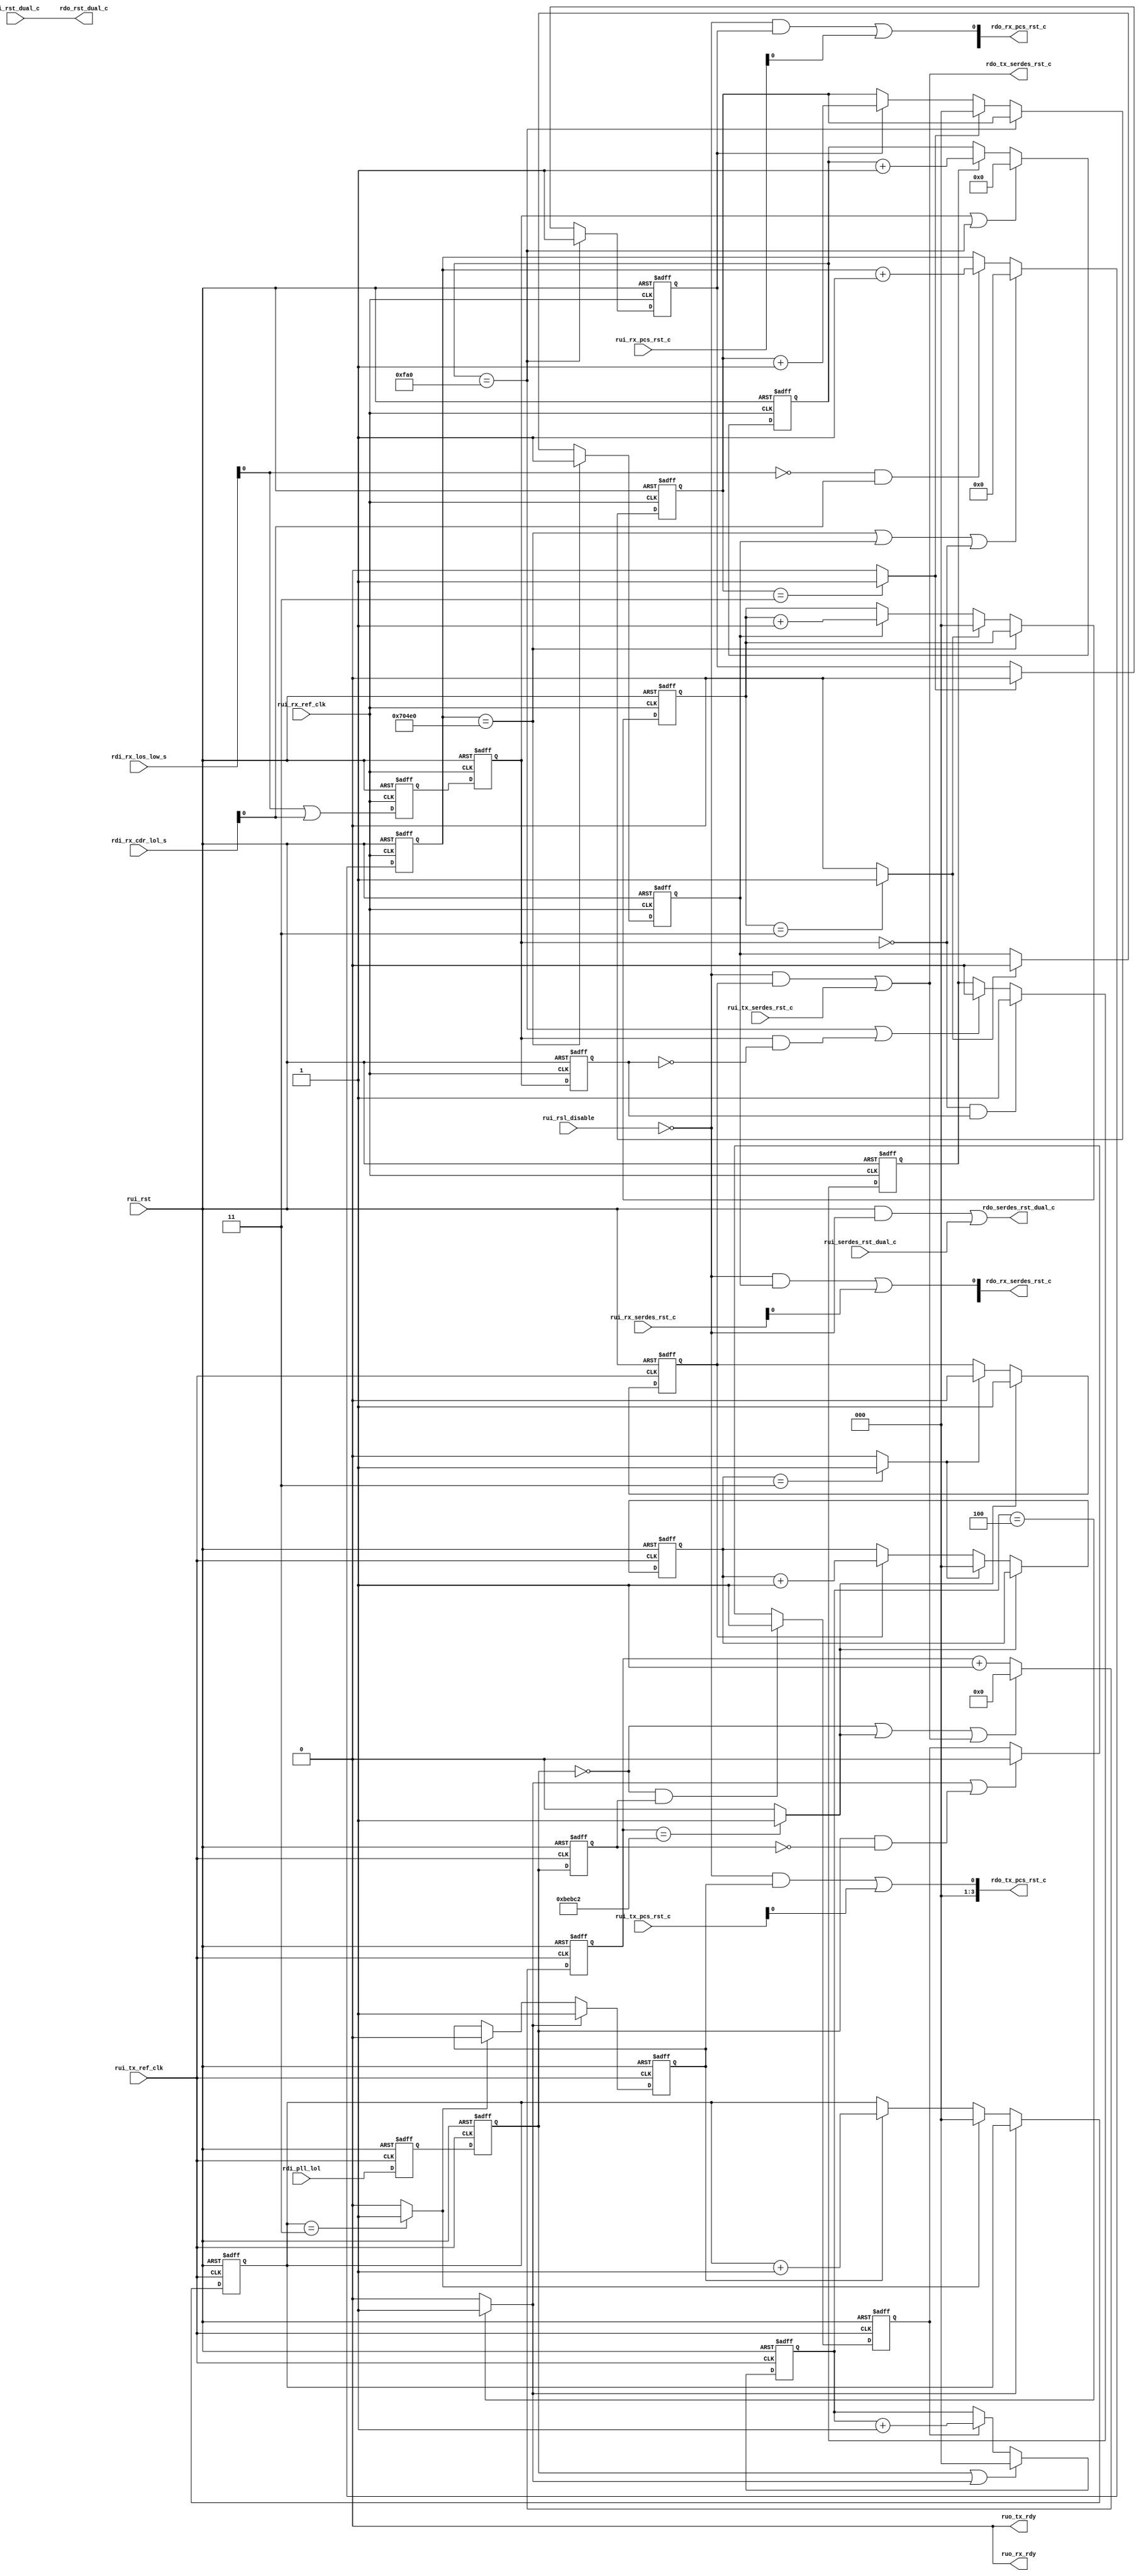

//   ===========================================================================
//   >>>>>>>>>>>>>>>>>>>>>>> COPYRIGHT NOTICE <<<<<<<<<<<<<<<<<<<<<<<<<<<<<<<<<<
//   ---------------------------------------------------------------------------
//   Copyright (c) 2013 by Lattice Semiconductor Corporation
//   ALL RIGHTS RESERVED 
//   ------------------------------------------------------------------
//
//   Permission:
//
//      Lattice SG Pte. Ltd. grants permission to use this code
//      pursuant to the terms of the Lattice Reference Design License Agreement. 
//
//
//   Disclaimer:
//
//      This VHDL or Verilog source code is intended as a design reference
//      which illustrates how these types of functions can be implemented.
//      It is the user's responsibility to verify their design for
//      consistency and functionality through the use of formal
//      verification methods.  Lattice provides no warranty
//      regarding the use or functionality of this code.
//
//   ---------------------------------------------------------------------------
//
//                  Lattice SG Pte. Ltd.
//                  101 Thomson Road, United Square #07-02 
//                  Singapore 307591
//
//
//                  TEL: 1-800-Lattice (USA and Canada)
//                       +65-6631-2000 (Singapore)
//                       +1-503-268-8001 (other locations)
//
//                  web: http://www.latticesemi.com/
//
//   ---------------------------------------------------------------------------
//
// =============================================================================
//                         FILE DETAILS         
// Project               : RSL- Reset Sequence Logic
// Title                 : Top-level file for RSL 
// Dependencies          : 1.
//                       : 2.
// Description           : 
// =============================================================================
//                        REVISION HISTORY
// Version               : 1.0
// Author(s)             : BM
// Mod. Date             : October 28, 2013
// Changes Made          : Initial Creation
// -----------------------------------------------------------------------------
// Version               : 1.1
// Author(s)             : BM
// Mod. Date             : November 06, 2013
// Changes Made          : Tx/Rx separation, ready port code exclusion
// -----------------------------------------------------------------------------
// =============================================================================

`timescale 1ns/10ps

module pcie_pcsrsl_core (
      // ------------ Inputs
      // Common
      rui_rst,               // Active high reset for the RSL module
      rui_serdes_rst_dual_c, // SERDES macro reset user command
      rui_rst_dual_c,        // PCS dual reset user command
      rui_rsl_disable,       // Active high signal that disables all reset outputs of RSL
      // Tx
      rui_tx_ref_clk,        // Tx reference clock
      rui_tx_serdes_rst_c,   // Tx SERDES reset user command 
      rui_tx_pcs_rst_c,      // Tx lane reset user command
      rdi_pll_lol,           // Tx PLL Loss of Lock status input from the SERDES
      // Rx
      rui_rx_ref_clk,        // Rx reference clock
      rui_rx_serdes_rst_c,   // SERDES Receive channel reset user command
      rui_rx_pcs_rst_c,      // Rx lane reset user command
      rdi_rx_los_low_s,      // Receive loss of signal status input from SERDES
      rdi_rx_cdr_lol_s,      // Receive CDR loss of lock status input from SERDES

      // ------------ Outputs
      // Common
      rdo_serdes_rst_dual_c, // SERDES macro reset command output
      rdo_rst_dual_c,        // PCS dual reset command output
      // Tx
      ruo_tx_rdy,            // Tx lane ready status output
      rdo_tx_serdes_rst_c,   // SERDES Tx reset command output
      rdo_tx_pcs_rst_c,      // PCS Tx lane reset command output
      // Rx
      ruo_rx_rdy,            // Rx lane ready status output
      rdo_rx_serdes_rst_c,   // SERDES Rx channel reset command output
      rdo_rx_pcs_rst_c       // PCS Rx lane reset command output
      );

// ------------ Module parameters
   //parameter pnum_channels = 4;           // 1,2,4
   //parameter pserdes_mode  = "RX AND TX"; // "RX AND TX", "RX ONLY", "TX ONLY"
   //parameter pport_tx_rdy  = "DISABLED";  // "ENABLED", "DISABLED"
   //parameter pport_rx_rdy  = "DISABLED";  // "ENABLED", "DISABLED"
   //parameter pwait_tx_rdy  = 3000;        // number of cycles to wait before Tx Ready
   //parameter pwait_rx_rdy  = 3000;        // number of cycles to wait before Rx Ready

`ifdef NUM_CHANNELS
   parameter pnum_channels = `NUM_CHANNELS;    // 1,2,4
`else
   parameter pnum_channels = 1;
`endif

`ifdef RX_ONLY
   parameter pserdes_mode    = "RX ONLY";
`else
   `ifdef TX_ONLY
      parameter pserdes_mode = "TX ONLY";
   `else
      parameter pserdes_mode = "RX AND TX";
   `endif
`endif

`ifdef PORT_TX_RDY
   parameter pport_tx_rdy = "ENABLED";
`else
   parameter pport_tx_rdy = "DISABLED";
`endif

`ifdef WAIT_TX_RDY
   parameter pwait_tx_rdy = `WAIT_TX_RDY;
`else
   parameter pwait_tx_rdy = 3000;
`endif

`ifdef PORT_RX_RDY
   parameter pport_rx_rdy = "ENABLED";
`else
   parameter pport_rx_rdy = "DISABLED";
`endif

`ifdef WAIT_RX_RDY
   parameter pwait_rx_rdy = `WAIT_RX_RDY;
`else
   parameter pwait_rx_rdy = 3000;
`endif
   
// ------------ Local parameters
   localparam lreset_pwidth     = 3;      // reset pulse width-1, default=4-1=3
   localparam lwait_b4_trst     = 781250; // 5ms wait with worst-case Fmax=156 MHz
   localparam lwait_b4_trst_s   = 781;    // for simulation
   localparam lplol_cnt_width   = 20;     // width for lwait_b4_trst
   localparam lwait_after_plol0 = 4;
   localparam lwait_b4_rrst     = 460000; // wait cycles provided by design team
   localparam lwait_b4_rrst_s   = 460;    // wait cycles provided by design team
   localparam lrlol_cnt_width   = 19;     // width for lwait_b4_rrst
   localparam llols_cnt_width   = 12;
   localparam lwait_after_lols  = 4000;   // wait cycles provided by design team
   localparam lwait_after_lols_s= 150;    // wait cycles provided by design team
   localparam ltxr_wait_width   = 12;     // width of tx ready wait counter
   localparam lrxr_wait_width   = 12;     // width of tx ready wait counter

// ------------ input ports
   input                         rui_rst;
   input                         rui_serdes_rst_dual_c;
   input                         rui_rst_dual_c;
   input                         rui_rsl_disable;
   
   input                         rui_tx_ref_clk;
   input                         rui_tx_serdes_rst_c;
   input  [3:0]                  rui_tx_pcs_rst_c;
   input                         rdi_pll_lol;
   
   input                         rui_rx_ref_clk;
   input  [3:0]                  rui_rx_serdes_rst_c;
   input  [3:0]                  rui_rx_pcs_rst_c;
   input  [3:0]                  rdi_rx_los_low_s;
   input  [3:0]                  rdi_rx_cdr_lol_s;

// ------------ output ports
   output                        rdo_serdes_rst_dual_c;
   output                        rdo_rst_dual_c;
   
   output                        ruo_tx_rdy;
   output                        rdo_tx_serdes_rst_c;
   output [3:0]                  rdo_tx_pcs_rst_c;
   
   output                        ruo_rx_rdy;
   output [3:0]                  rdo_rx_serdes_rst_c;
   output [3:0]                  rdo_rx_pcs_rst_c;

// ------------ Internal registers and wires
   // inputs
   wire                          rui_rst;
   wire                          rui_serdes_rst_dual_c;
   wire                          rui_rst_dual_c;
   wire                          rui_rsl_disable;
   wire                          rui_tx_ref_clk;
   wire                          rui_tx_serdes_rst_c;
   wire   [3:0]                  rui_tx_pcs_rst_c;
   wire                          rdi_pll_lol;
   wire                          rui_rx_ref_clk;
   wire   [3:0]                  rui_rx_serdes_rst_c;
   wire   [3:0]                  rui_rx_pcs_rst_c;
   wire   [3:0]                  rdi_rx_los_low_s;
   wire   [3:0]                  rdi_rx_cdr_lol_s;

   // outputs
   wire                          rdo_serdes_rst_dual_c;
   wire                          rdo_rst_dual_c;
   wire                          ruo_tx_rdy;
   wire                          rdo_tx_serdes_rst_c;
   wire   [3:0]                  rdo_tx_pcs_rst_c;
   wire                          ruo_rx_rdy;
   wire   [3:0]                  rdo_rx_serdes_rst_c;
   wire   [3:0]                  rdo_rx_pcs_rst_c;
   
   // internal signals
   // common
   wire                          rsl_enable;
   wire   [lplol_cnt_width-1:0]  wait_b4_trst;
   wire   [lrlol_cnt_width-1:0]  wait_b4_rrst;
   wire   [llols_cnt_width-1:0]  wait_after_lols;
   reg                           pll_lol_p1;
   reg                           pll_lol_p2;
   reg                           pll_lol_p3;
   // ------------ Tx
   // rdo_tx_serdes_rst_c
   reg    [lplol_cnt_width-1:0]  plol_cnt;
   wire                          plol_cnt_tc;
   
   reg    [2:0]                  txs_cnt;
   reg                           txs_rst;
   wire                          txs_cnt_tc;
   // rdo_tx_pcs_rst_c
   wire                          plol_fedge;
   wire                          plol_redge;
   reg                           waita_plol0;
   reg    [2:0]                  plol0_cnt;
   wire                          plol0_cnt_tc;
   reg    [2:0]                  txp_cnt;
   reg                           txp_rst;
   wire                          txp_cnt_tc;
   // ruo_tx_rdy
   wire                          dual_or_serd_rst;
   wire                          tx_any_pcs_rst;
   wire                          tx_any_rst;
   reg                           txsr_appd /* synthesis syn_keep=1 */;
   reg                           txdpr_appd;
   reg    [pnum_channels-1:0]    txpr_appd;
   reg                           txr_wt_en;
   reg    [ltxr_wait_width-1:0]  txr_wt_cnt;
   wire                          txr_wt_tc;
   reg                           ruo_tx_rdyr;
   
   // ------------ Rx
   wire                          comb_rlos;
   wire                          comb_rlol;
   wire                          rlols;
   wire                          rx_all_well;
   reg                           rlols_p1;
   reg                           rlols_p2;
   reg                           rlols_p3;
   
   // rdo_rx_serdes_rst_c
   reg    [lrlol_cnt_width-1:0]  rlol1_cnt;
   wire                          rlol1_cnt_tc;
   reg    [2:0]                  rxs_cnt;
   reg                           rxs_rst;
   wire                          rxs_cnt_tc;
   // rdo_rx_pcs_rst_c
   wire                          rlols_fedge;
   wire                          rlols_redge;
   reg                           waita_rlols0;
   reg    [llols_cnt_width-1:0]  rlols0_cnt;
   wire                          rlols0_cnt_tc;
   reg    [2:0]                  rxp_cnt;
   reg                           rxp_rst;
   wire                          rxp_cnt_tc;
   // ruo_rx_rdy
   reg    [pnum_channels-1:0]    rxsr_appd;
   reg    [pnum_channels-1:0]    rxpr_appd;
   reg                           rxsdr_appd /* synthesis syn_keep=1 */; 
   reg                           rxdpr_appd;
   wire                          rxsdr_or_sr_appd;
   wire                          dual_or_rserd_rst;
   wire                          rx_any_pcs_rst;
   wire                          rx_any_rst;
   reg                           rxr_wt_en;
   reg    [lrxr_wait_width-1:0]  rxr_wt_cnt;
   wire                          rxr_wt_tc;
   reg                           ruo_rx_rdyr;
   
// ==================================================================   
//                          Start of code
// ==================================================================
   assign rsl_enable = ~rui_rsl_disable;

// ------------ rdo_serdes_rst_dual_c
   assign rdo_serdes_rst_dual_c = (rui_rst&rsl_enable) | rui_serdes_rst_dual_c;

// ------------ rdo_rst_dual_c
   assign rdo_rst_dual_c = rui_rst_dual_c;

// ------------ Setting counter values for SIM_MODE
   `ifdef SIM_MODE
      assign wait_b4_trst = lwait_b4_trst_s;
      assign wait_b4_rrst = lwait_b4_rrst_s;
      assign wait_after_lols = lwait_after_lols_s;
   `else
      assign wait_b4_trst = lwait_b4_trst;
      assign wait_b4_rrst = lwait_b4_rrst;
      assign wait_after_lols = lwait_after_lols;
   `endif
      
// ==================================================================   
//                                 Tx
// ==================================================================
   generate
   if((pserdes_mode=="RX AND TX")||(pserdes_mode=="TX ONLY")) begin

// ------------ Synchronizing pll_lol to the tx clock
   always @(posedge rui_tx_ref_clk or posedge rui_rst) begin
      if(rui_rst==1'b1) begin
         pll_lol_p1 <= 1'd0;
         pll_lol_p2 <= 1'd0;
         pll_lol_p3 <= 1'd0;
      end
      else begin
         pll_lol_p1 <= rdi_pll_lol;
         pll_lol_p2 <= pll_lol_p1;
         pll_lol_p3 <= pll_lol_p2;
      end
   end

// ------------ rdo_tx_serdes_rst_c
   always @(posedge rui_tx_ref_clk or posedge rui_rst) begin
      if(rui_rst==1'b1)
         plol_cnt    <= 'd0;
      else if((pll_lol_p2==0)||(plol_cnt_tc==1)||(rdo_tx_serdes_rst_c==1))
         plol_cnt    <= 'd0;
      else
         plol_cnt    <= plol_cnt+1;
   end
   assign plol_cnt_tc = (plol_cnt==wait_b4_trst)?1'b1:1'b0;
   
   always @(posedge rui_tx_ref_clk or posedge rui_rst) begin
      if(rui_rst==1'b1) begin
         txs_cnt  <= 'd0;   // tx serdes reset pulse count
         txs_rst  <= 1'b0;  // tx serdes reset 
      end
      else if(plol_cnt_tc==1)
         txs_rst  <= 1'b1;
      else if(txs_cnt_tc==1) begin
         txs_cnt  <= 'd0;
         txs_rst  <= 1'b0;
      end
      else if(txs_rst==1)
         txs_cnt  <= txs_cnt+1;
   end
   assign txs_cnt_tc = (txs_cnt==lreset_pwidth)?1'b1:1'b0;

   assign rdo_tx_serdes_rst_c = (rsl_enable&txs_rst)| rui_tx_serdes_rst_c;
   
// ------------ rdo_tx_pcs_rst_c
   assign plol_fedge = ~pll_lol_p2 & pll_lol_p3;
   assign plol_redge = pll_lol_p2 & ~pll_lol_p3;
   always @(posedge rui_tx_ref_clk or posedge rui_rst) begin
      if(rui_rst==1'b1)
         waita_plol0  <= 1'd0;
      else if(plol_fedge==1'b1)
         waita_plol0  <= 1'b1;
      else if((plol0_cnt_tc==1)||(plol_redge==1))
         waita_plol0  <= 1'd0;
   end
   always @(posedge rui_tx_ref_clk or posedge rui_rst) begin
      if(rui_rst==1'b1)
         plol0_cnt    <= 'd0;
      else if((pll_lol_p2==1)||(plol0_cnt_tc==1))
         plol0_cnt    <= 'd0;
      else if(waita_plol0==1'b1)
         plol0_cnt    <= plol0_cnt+1;
   end
   assign plol0_cnt_tc = (plol0_cnt==lwait_after_plol0)?1'b1:1'b0;

   always @(posedge rui_tx_ref_clk or posedge rui_rst) begin
      if(rui_rst==1'b1) begin
         txp_cnt  <= 'd0;   // tx serdes reset pulse count
         txp_rst  <= 1'b0;  // tx serdes reset 
      end
      else if(plol0_cnt_tc==1)
         txp_rst  <= 1'b1;
      else if(txp_cnt_tc==1) begin
         txp_cnt  <= 'd0;
         txp_rst  <= 1'b0;
      end
      else if(txp_rst==1)
         txp_cnt  <= txp_cnt+1;
   end
   assign txp_cnt_tc = (txp_cnt==lreset_pwidth)?1'b1:1'b0;
   
   genvar i;
   for(i=0;i<pnum_channels;i=i+1) begin : ifor
      assign rdo_tx_pcs_rst_c[i] = (rsl_enable&txp_rst)| rui_tx_pcs_rst_c[i];
   end
   if(pnum_channels==1)
      assign rdo_tx_pcs_rst_c[3:1] = 3'b000;
   else if(pnum_channels==2)
      assign rdo_tx_pcs_rst_c[3:2] = 2'b00;

   // ------------ ruo_tx_rdy
   if(pport_tx_rdy=="ENABLED") begin
   assign dual_or_serd_rst = rdo_serdes_rst_dual_c|rdo_tx_serdes_rst_c;
   assign tx_any_pcs_rst = rdo_rst_dual_c|(|rdo_tx_pcs_rst_c[pnum_channels-1:0]);
   assign tx_any_rst = dual_or_serd_rst | tx_any_pcs_rst;

   always @(posedge rui_tx_ref_clk or posedge rui_rst) begin
      if(rui_rst==1'b1)
         txsr_appd <= 1'b1; // tx serdes reset applied
      else if(dual_or_serd_rst==1)
         txsr_appd <= 1'b1;
   end
   always @(posedge rui_tx_ref_clk or posedge rui_rst) begin
      if(rui_rst==1'b1)
         txdpr_appd <= 1'b0; // tx dual (pcs) reset applied
      else if(pll_lol_p2|rdo_serdes_rst_dual_c|rdo_tx_serdes_rst_c)
         txdpr_appd <= 1'b0;
      else if(rdo_rst_dual_c==1)
         txdpr_appd <= 1'b1;
   end
   
   genvar m;
   for(m=0;m<pnum_channels;m=m+1) begin :mfor
      always @(posedge rui_tx_ref_clk or posedge rui_rst) begin
      if(rui_rst==1'b1)
         txpr_appd[m] <= 1'b0; // tx pcs reset applied
      else if(pll_lol_p2|rdo_serdes_rst_dual_c|rdo_tx_serdes_rst_c)
         txpr_appd[m] <= 1'b0;
      else if(txsr_appd&(rdo_tx_pcs_rst_c[m]|txdpr_appd))
         txpr_appd[m] <= 1'b1;
      end
   end
   
   always @(posedge rui_tx_ref_clk or posedge rui_rst) begin
      if(rui_rst==1'b1)
         txr_wt_en  <= 0;  // tx ready wait counter enable
      else if((txr_wt_tc==1)||(dual_or_serd_rst==1))
         txr_wt_en  <= 0;
      else if((~ruo_tx_rdyr)&(~pll_lol_p2)&(&txpr_appd))
         txr_wt_en  <= 1;
   end
   always @(posedge rui_tx_ref_clk or posedge rui_rst) begin
      if(rui_rst==1'b1)
         txr_wt_cnt  <= 'd0;  // tx ready wait count
      else if((txr_wt_tc==1)||(tx_any_rst==1))
         txr_wt_cnt  <= 'd0;
      else if(txr_wt_en==1)
         txr_wt_cnt  <= txr_wt_cnt+1;
   end
   assign txr_wt_tc = (txr_wt_cnt==pwait_tx_rdy)?1'b1:1'b0;
   
   always @(posedge rui_tx_ref_clk or posedge rui_rst) begin
      if(rui_rst==1'b1)
         ruo_tx_rdyr <= 1'b0; // tx serdes reset applied
      else if((tx_any_rst==1)||(pll_lol_p2==1))
         ruo_tx_rdyr <= 1'b0;
      else if(txr_wt_tc==1)
         ruo_tx_rdyr <= 1'b1;
   end
   assign ruo_tx_rdy = ruo_tx_rdyr;
   end         // if pport_tx_rdy
   else
      assign ruo_tx_rdy = 1'b0;
   end         // generate if(Rx and Tx) or (Tx only)
   else begin  // generate else (Rx only)
      assign rdo_tx_serdes_rst_c = 1'b0;
      assign rdo_tx_pcs_rst_c = 4'd0;
      assign ruo_tx_rdy = 1'b0;
   end
   endgenerate

// ==================================================================   
//                                 Rx
// ==================================================================
   generate
   if((pserdes_mode=="RX AND TX")||(pserdes_mode=="RX ONLY")) begin
   assign comb_rlos = |rdi_rx_los_low_s[pnum_channels-1:0];
   assign comb_rlol = |rdi_rx_cdr_lol_s[pnum_channels-1:0];
   assign rlols     = comb_rlos|comb_rlol;

   // ------------ Synchronizing rlols to the rx ref clock
   always @(posedge rui_rx_ref_clk or posedge rui_rst) begin
      if(rui_rst==1'b1) begin
         rlols_p1 <= 1'd0;
         rlols_p2 <= 1'd0;
         rlols_p3 <= 1'd0;
      end
      else begin
         rlols_p1 <= rlols;
         rlols_p2 <= rlols_p1;
         rlols_p3 <= rlols_p2;
      end
   end
   assign rx_all_well = ~rlols_p2;
   
// ------------ rdo_rx_serdes_rst_c
   always @(posedge rui_rx_ref_clk or posedge rui_rst) begin
      if(rui_rst==1'b1)
         rlol1_cnt  <= 'd0;  // Counting when Rx LOL is 1 and Rx LOS is 0
      else if((rlol1_cnt_tc==1)||(rxs_rst==1)||(rx_all_well==1))
         rlol1_cnt  <= 'd0;
      else if((comb_rlos==0)&&(comb_rlol==1))
         rlol1_cnt  <= rlol1_cnt+1;
   end
   assign rlol1_cnt_tc = (rlol1_cnt==wait_b4_rrst);
   
   always @(posedge rui_rx_ref_clk or posedge rui_rst) begin
      if(rui_rst==1'b1) begin
         rxs_cnt  <= 'd0;   // rx serdes reset pulse count
         rxs_rst  <= 1'b0;  // rx serdes reset 
      end
      else if(rlol1_cnt_tc==1)
         rxs_rst  <= 1'b1;
      else if(rxs_cnt_tc==1) begin
         rxs_cnt  <= 'd0;
         rxs_rst  <= 1'b0;
      end
      else if(rxs_rst==1)
         rxs_cnt  <= rxs_cnt+1;
   end
   assign rxs_cnt_tc = (rxs_cnt==lreset_pwidth)?1'b1:1'b0;

   genvar j;
   for(j=0;j<pnum_channels;j=j+1) begin :jfor
      assign rdo_rx_serdes_rst_c[j] = (rsl_enable&rxs_rst)| rui_rx_serdes_rst_c[j];
   end
   
// ------------ rdo_rx_pcs_rst_c
   assign rlols_fedge = ~rlols_p2 & rlols_p3;
   assign rlols_redge = rlols_p2 & ~rlols_p3;

   always @(posedge rui_rx_ref_clk or posedge rui_rst) begin
      if(rui_rst==1'b1)
         waita_rlols0  <= 1'd0;
      else if(rlols_fedge==1'b1)
         waita_rlols0  <= 1'b1;
      else if((rlols0_cnt_tc==1)||(rlols_redge==1))
         waita_rlols0  <= 1'd0;
   end

   always @(posedge rui_rx_ref_clk or posedge rui_rst) begin
      if(rui_rst==1'b1)
         rlols0_cnt  <= 'd0;  // Counting when both Rx LOL is 0 and Rx LOS is 0
      else if((rx_all_well==0)||(rlols0_cnt_tc==1))
         rlols0_cnt  <= 'd0;
      else if(waita_rlols0==1)
         rlols0_cnt  <= rlols0_cnt+1;
   end
   assign rlols0_cnt_tc = (rlols0_cnt==wait_after_lols);
   
   always @(posedge rui_rx_ref_clk or posedge rui_rst) begin
      if(rui_rst==1'b1) begin
         rxp_cnt  <= 'd0;   // rx pcs reset pulse count
         rxp_rst  <= 1'b0;  // rx pcs reset 
      end
      else if(rlols0_cnt_tc==1)
         rxp_rst  <= 1'b1;
      else if(rxp_cnt_tc==1) begin
         rxp_cnt  <= 'd0;
         rxp_rst  <= 1'b0;
      end
      else if(rxp_rst==1)
         rxp_cnt  <= rxp_cnt+1;
   end
   assign rxp_cnt_tc = (rxp_cnt==lreset_pwidth)?1'b1:1'b0;

   genvar k;
   for(k=0;k<pnum_channels;k=k+1) begin: kfor
      assign rdo_rx_pcs_rst_c[k] = (rsl_enable&rxp_rst)| rui_rx_pcs_rst_c[k];
   end

// ------------ ruo_rx_rdy
   if(pport_rx_rdy=="ENABLED") begin
   assign dual_or_rserd_rst = rdo_serdes_rst_dual_c|(|rdo_rx_serdes_rst_c[pnum_channels-1:0]);
   assign rx_any_pcs_rst = rdo_rst_dual_c|(|rdo_rx_pcs_rst_c[pnum_channels-1:0]);
   assign rx_any_rst = dual_or_rserd_rst | rx_any_pcs_rst;
   
   always @(posedge rui_rx_ref_clk or posedge rui_rst) begin
      if(rui_rst==1'b1)
         rxsdr_appd <= 1'b1;  // Serdes dual reset (macro reset) applied
      else if(rdo_serdes_rst_dual_c==1)
         rxsdr_appd <= 1'b1;
   end
   always @(posedge rui_rx_ref_clk or posedge rui_rst) begin
      if(rui_rst==1'b1)
         rxdpr_appd <= 1'b0;  // Rx dual PCS reset (dual reset) applied
      else if(~rx_all_well|dual_or_rserd_rst)
         rxdpr_appd <= 1'b0;
      else if(rdo_rst_dual_c==1)
         rxdpr_appd <= 1'b1;
   end

   genvar l;
   for(l=0;l<pnum_channels;l=l+1) begin : lfor
      always @(posedge rui_rx_ref_clk or posedge rui_rst) begin
         if(rui_rst==1'b1)
            rxsr_appd[l] <= 1'b0; // rx serdes reset applied
         else if(rdo_rx_serdes_rst_c[l]==1)
            rxsr_appd[l] <= 1'b1;
      end
      always @(posedge rui_rx_ref_clk or posedge rui_rst) begin
      if(rui_rst==1'b1)
         rxpr_appd[l] <= 1'b0; // rx pcs reset applied
      else if(rdi_rx_los_low_s[l]|rdi_rx_cdr_lol_s[l]|rdo_serdes_rst_dual_c|rdo_rx_serdes_rst_c[l])
         rxpr_appd[l] <= 1'b0;
      else if(rxsdr_or_sr_appd&(~rlols)&rdo_rx_pcs_rst_c[l])
         rxpr_appd[l] <= 1'b1;
      end
   end

   assign rxsdr_or_sr_appd = rxsdr_appd|(&rxsr_appd);
   
   always @(posedge rui_rx_ref_clk or posedge rui_rst) begin
      if(rui_rst==1'b1)
         rxr_wt_en  <= 0;  // rx ready wait counter enable
      else if((rxr_wt_tc==1)||(dual_or_rserd_rst==1))
         rxr_wt_en  <= 0;
      else if(~ruo_rx_rdyr&rx_all_well&((&rxpr_appd)|rxdpr_appd))
         rxr_wt_en  <= 1;
   end
   always @(posedge rui_rx_ref_clk or posedge rui_rst) begin
      if(rui_rst==1'b1)
         rxr_wt_cnt  <= 'd0;  // rx ready wait count
      else if((rxr_wt_tc==1)||(rx_any_rst==1))
         rxr_wt_cnt  <= 'd0;
      else if(rxr_wt_en==1)
         rxr_wt_cnt  <= rxr_wt_cnt+1;
   end
   assign rxr_wt_tc = (rxr_wt_cnt==pwait_rx_rdy)?1'b1:1'b0;
   
   always @(posedge rui_rx_ref_clk or posedge rui_rst) begin
      if(rui_rst==1'b1)
         ruo_rx_rdyr <= 1'b0; // rx serdes reset applied
      else if((rx_any_rst==1)||(rx_all_well==0))
         ruo_rx_rdyr <= 1'b0;
      else if(rxr_wt_tc==1)
         ruo_rx_rdyr <= 1'b1;
   end
   assign ruo_rx_rdy = ruo_rx_rdyr;
   end         // if pport_rx_rdy
   else
      assign ruo_rx_rdy = 1'b0;
   end         // generate if(Rx and Tx) or (Rx only)
   else begin  // generate else (Tx only)
      assign rdo_rx_serdes_rst_c = 4'd0;
      assign rdo_rx_pcs_rst_c = 4'd0;
      assign ruo_rx_rdy = 1'b0;
   end
   endgenerate

endmodule